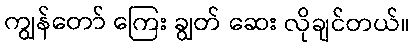
ကျွန်တော် ကြေး ချွတ် ဆေး လိုချင်တယ်။